Report on sanitation, dispensaries, and jails in Rajputana for 1921, and on vaccination for the year 1921-1922 - 1921-1922
Year: 1921
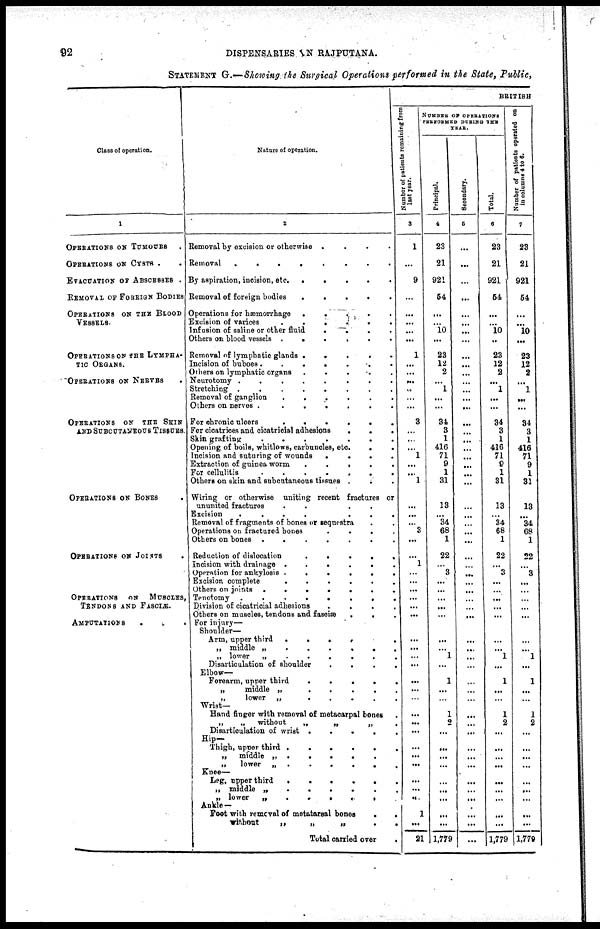
92
DISPENSARIES IN RAJPUTANA.
STATEMENT G.—Showing the Surgical Operations performed in the State, Public,
Class of operation.
1
OPETATIONS ON TUMOURS .
OPERATIONS ON CYSTS .
EVACUATION OF ABSCESSES .
REMOVAL OF FOREIGN BODIES
OPERATIONS ON THE BLOOD
VESSELS.
OPERATIONS ON THE LYMPHA-
--- ORGANS.
OPERATIONS ON NERVES .
OPERATIONS ON THE SKIN
AND SUBCUTANEOUS TISSUES.
OPERATIONS ON BONES .
OPERATIONS ON JOINTS .
OPERATIONS
ON MUSCLES,
TENDONS AND FUSCLES,
AMPUTATIONS
...
Nature of operation.
2
Removal by excision or otherwise
.
.
.
.
Removal
........
By aspiration, incision,
etc......
Removal of foreign bodies
.....
Operations for
hæmorrhage....
Excision of varices
......
Infusion of saline or other
fluid
....
Others on blood vessels
......
Removal of lymphatic glands
.....
Incision of
buboes.......
Others on lymphatic organs
......
Neurotomy
........
Stretching
........
Removal of ganglion
......
Others on nerves
.......
For chronic ulcers
......
For cicatrices and cicatricial adhesions
...
Skin grafting
.......
Opening of boils, whitlows, carbuncles, etc
...
Incision and suturing of wounds
.
.
.
.
Extraction of guinea worm
...
For cellulitis
.......
Others on skin and subcutaneous tissues
...
Wiring or otherwise uniting recent fractures or
ununited fractures
...
Excision
.......
Removal of fragments of bones or sequestra ..
Operations on fractured bones
.
.
.
.
Others on bones
.......
Reduction of dislocation
.
.
.
.
.
Incision with drainage
......
Operation for ankylosis
......
Excision complete
......
Others on joints
.......
Tenotomy
........
Division of cicatricial adhesions
.
.
.
.
Others on muscles, tendons and fasciæ
...
For injury—
Shoulder—
Arm, upper third
......
„ middle „
......
„ lower
„
......
Disarticulation of shoulder
.
.
.
.
Elbow—
Forearm, upper third
.
.
.
.
.
„
middle „
.
.
.
.
.
„
lower „
Wrist—
Hand finger with removal of metacarpal bones .
„
„
without
„
„
„ .
Disarticulation of wrist
.
.
.
.
.
Hip—
Thigh, upper third
......
„
middle „
....
„
lower
„
......
Knee—
Leg, upper third
.
„ middle „
.....
„ lower
„
......
Ankle —
Foot with removal of metatarsal bones
..
without
„
„
„
..
Total carried over
.
BRITISH
N umber of patients remaining from
last year.
3
1
...
9
...
...
...
...
...
1
...
...
...
...
...
...
3
...
...
...
1
...
...
1
...
...
...
3
...
...
1
...
...
...
...
...
...
...
...
...
...
...
...
...
...
...
...
...
...
...
...
...
...
1
...
21
NUMBER OF OPERATIONS
PERFORMED DURING THE
YEAR.
Principal.
4
23
21
921
54
...
...
10
...
23
12
2
...
1
...
...
34
3
1
416
71
9
1
31
13
...
34
68
1
22
...
3
...
...
...
...
...
...
...
1
...
1
...
...
1
2
...
...
...
...
...
...
...
...
...
1,779
Secondary.
5
...
...
...
...
...
...
...
...
...
...
...
...
...
...
...
...
...
...
...
...
...
...
...
...
...
...
...
...
...
...
...
...
...
...
...
...
...
...
...
...
...
...
...
...
...
...
...
...
...
...
...
...
...
...
...
Total.
6
23
21
921
54
...
...
10
..
23
12
2
...
1
...
...
34
3
1
416
71
9
1
31
13
...
34
68
1
22
...
3
...
...
...
...
...
...
...
1
...
1
...
...
1
2
...
...
...
...
...
...
...
...
...
1,779
Number of patients operated on
in columns 4 to 6.
7
23
21
921
54
...
...
10
...
23
12
2
...
1
...
...
34
3
1
416
71
9
1
31
13
...
34
68
1
22
...
3
...
...
...
...
...
...
...
1
...
1
...
...
1
2
...
...
...
...
...
...
...
...
...
1,779